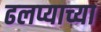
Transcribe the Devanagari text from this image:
ढलप्याच्या